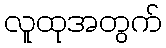
လူထုအတွက်